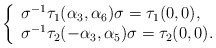
\begin{align*}\left\{\begin{array}{l} \sigma^{-1} \tau_{1}(\alpha_{3},\alpha_{6}) \sigma = \tau_{1}(0,0), \\ \sigma^{-1} \tau_{2}(-\alpha_{3},\alpha_{5}) \sigma = \tau_{2}(0,0). \end {array} \right. \end{align*}